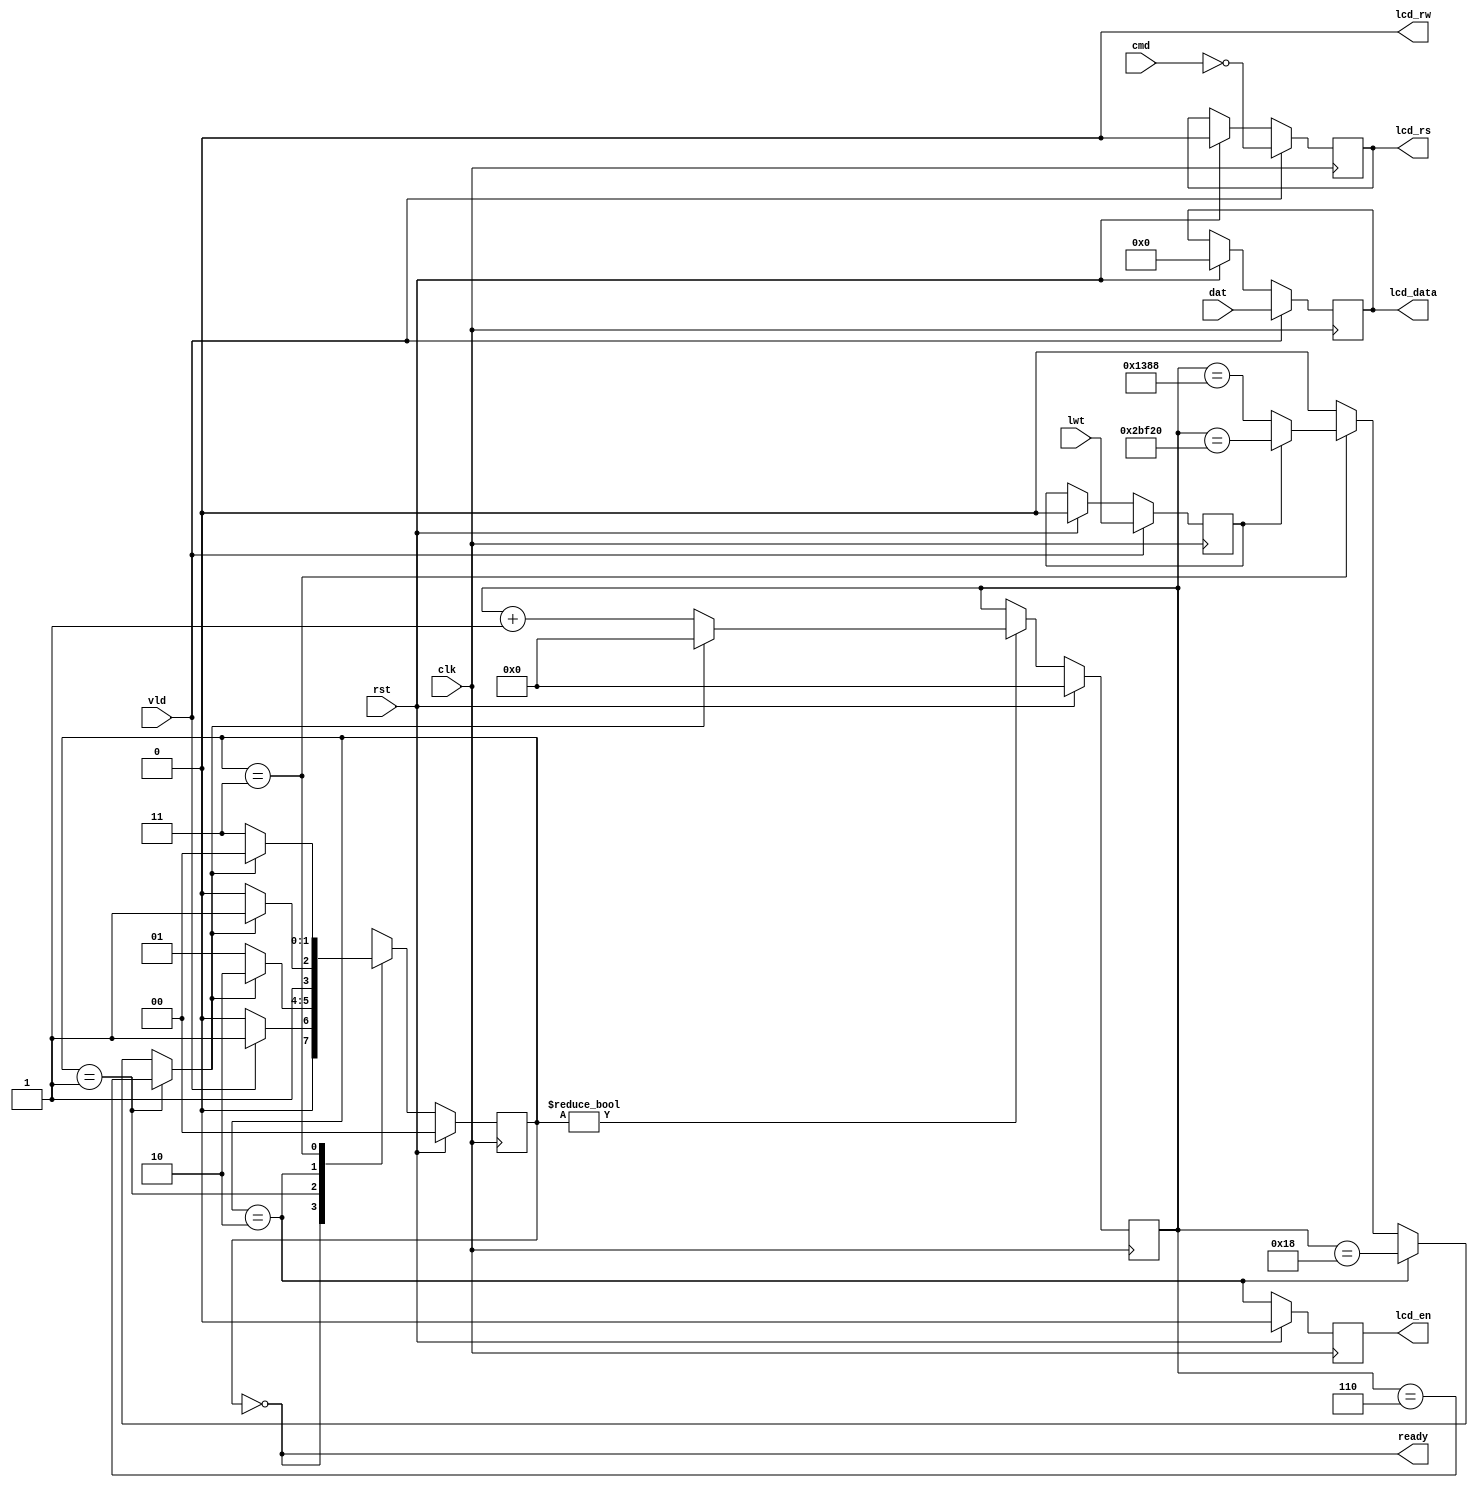
`timescale 1ns / 1ps
//////////////////////////////////////////////////////////////////////////////////
// Company: Computer Engineering Lab - CSE - HCMUT
// 
// Design Name: LCD 16x2 Controller
// Module Name: mfe_lcd1602_controller
// Project Name: Make FPGA easier
// Target Devices: Arty-Z7/any
// Tool Versions: 2018.2/any
// Description: 
// 
// Dependencies: 
// 
// Revision:
// Revision 0.01 - File Created
// Additional Comments:
// 
//////////////////////////////////////////////////////////////////////////////////


module mfe_lcd1602_controller(
    clk,
    rst,
    cmd,
    dat,
    vld,
    lwt,
    ready,

    lcd_rs,
    lcd_rw,
    lcd_en,
    lcd_data
);

////////////////////////////////////////////////////////////////////////////////
// Parameters

// Timer values are recommended for Fclk ~ 100MHz
parameter T_AS_MAX          = 6;         // address setup time
parameter T_PW_MAX          = 24;        // pulse width time
parameter T_LW_MAX          = 180000;    // description time long
parameter T_SW_MAX          = 5000;      // description time short
parameter T_WIDTH           = 18;        // Bitwidth of timer cnt
parameter SHORT_WAIT_ENABLE = 1;         // Enable short wait time, if = 0: wait time is T_LW_MAX

localparam S_IDLE = 2'b00;               // Idle
localparam S_INST = 2'b01;               // Setup write strobe
localparam S_ENAB = 2'b10;               // Raise enable
localparam S_WAIT = 2'b11;               // Waitting for command completed

////////////////////////////////////////////////////////////////////////////////
// Ports delcaration

input          clk;
input          rst;
input          cmd;
input  [7 : 0] dat;
input          vld;
input          lwt;
output         ready;
output         lcd_rs;
output         lcd_rw;
output         lcd_en;
output [7 : 0] lcd_data;

////////////////////////////////////////////////////////////////////////////////

reg [1 : 0] cur_state;
reg [1 : 0] nxt_state;
reg [7 : 0] dat_reg;
reg         cmd_reg;
reg         enb_reg;
reg         lwt_reg;

reg [T_WIDTH - 1 : 0] cnt;
wire                  cnt_enb;
wire                  cnt_max_vld;

// Cache input
always @(posedge clk) begin
    if (rst) begin
        dat_reg <= 8'b0;
        cmd_reg <= 1'b0;
        lwt_reg <= 1'b0;
    end
    if (vld) begin
        dat_reg <= dat;
        cmd_reg <= ~cmd;
        lwt_reg <= lwt;
    end
end

// Assign output
assign lcd_rs   = cmd_reg;
assign lcd_data = dat_reg;
assign lcd_rw   = 1'b0;
assign lcd_en   = enb_reg;
assign ready    = cur_state == S_IDLE;

// Controller FSM
always @(posedge clk) begin
    if (rst) begin
        cur_state <= S_IDLE;
    end
    else begin
        cur_state <= nxt_state;
    end
end

always @(*) begin
    if (rst) begin
        nxt_state = S_IDLE;
    end
    else begin
        case (cur_state)
            S_IDLE: begin
                nxt_state = vld ? S_INST : S_IDLE;
            end
            S_INST: begin
                nxt_state = cnt_max_vld ? S_ENAB : S_INST;
            end
            S_ENAB: begin
                nxt_state = cnt_max_vld ? S_WAIT : S_ENAB;
            end
            S_WAIT: begin
                nxt_state = cnt_max_vld ? S_IDLE : S_WAIT;
            end
            default: begin
                nxt_state = S_IDLE;
            end
        endcase

    end
end

// FSM output - lcd_en
always @(posedge clk) begin
    if (rst) begin
        enb_reg <= 1'b0;
    end
    else begin
        enb_reg <= cur_state == S_ENAB;
    end
end

// Counter for lcd timing characters
generate;
    if (SHORT_WAIT_ENABLE) begin
        assign cnt_max_vld = (cur_state == S_INST) ? cnt == T_AS_MAX :
                     (cur_state == S_ENAB) ? cnt == T_PW_MAX :
                     (cur_state == S_WAIT) ? lwt_reg ? cnt == T_LW_MAX : cnt == T_SW_MAX : 1'b0;
    end
    else begin
        assign cnt_max_vld = (cur_state == S_INST) ? cnt == T_AS_MAX :
                     (cur_state == S_ENAB) ? cnt == T_PW_MAX :
                     (cur_state == S_WAIT) ? cnt == T_LW_MAX : 1'b0;
    end
endgenerate

// assign cnt_max_vld = cnt == 0;
assign cnt_enb = cur_state != S_IDLE;

always @(posedge clk) begin
    if (rst) begin
        cnt <= {T_WIDTH{1'b0}};
    end
    else if (cnt_enb) begin
        cnt <= (cnt_max_vld) ? {T_WIDTH{1'b0}} : cnt + 1'b1;
    end
end

endmodule